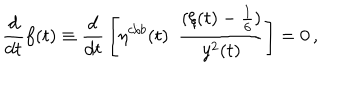
LaTeX: { \frac { d } { d t } } f ( t ) \equiv { \frac { d } { d t } } \left[ \eta ^ { c / b } ( t ) ~ ~ { \frac { ( \xi ( t ) - { \frac { 1 } { 6 } } ) } { y ^ { 2 } ( t ) } } \right] = 0 \, ,